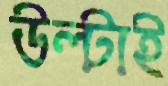
উল্টাই